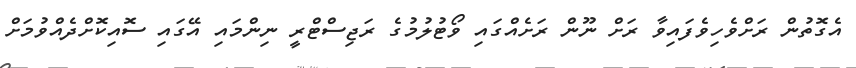
އެގޮތުން ރަށްވެހިވެފައިވާ ރަށް ނޫން ރަށެއްގައި ވޯޓުލުމުގެ ރަޖިސްޓްރީ ނިންމައި އޭގައި ސޮއިކޮށްދެއްވުމަށް